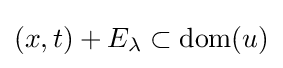
(x,t)+E_{\lambda }\subset \mathrm {dom} (u)